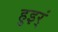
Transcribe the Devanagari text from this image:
हुइर्ं